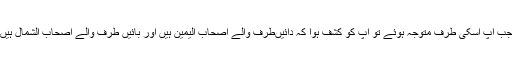
جب آپ اسکی طرف متوجہ ہوئے تو آپ کو کشف ہوا کہ دائیںطرف والے اصحاب الیمین ہیں اور بائیں طرف والے اصحاب الشمال ہیں۔